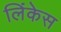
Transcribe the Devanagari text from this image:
लिंकेस